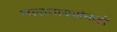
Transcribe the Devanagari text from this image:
मालगाड्यांनाही